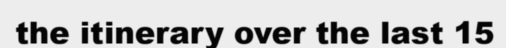
the itinerary over the last 15